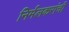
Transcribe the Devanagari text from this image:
निर्मलकरांची